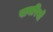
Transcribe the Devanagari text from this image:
खबरियों